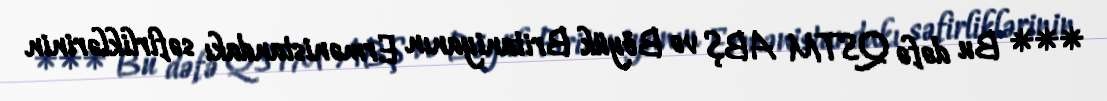
*** Bu dəfə QSTM ABŞ və Böyük Britaniyanın Ermənistandakı səfirliklərinin